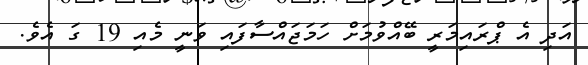
އަދި އެ ޕްރައިމަރީ ބޭއްވުމަށް ހަމަޖައްސާފައި ވަނީ މެއި 19 ގަ އެވެ.